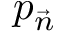
p _ { \vec { n } }